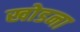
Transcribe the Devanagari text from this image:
खोडना